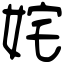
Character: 姹